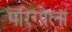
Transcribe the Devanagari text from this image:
परिगोला